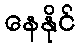
နေနိုင်